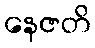
နေဇတိ